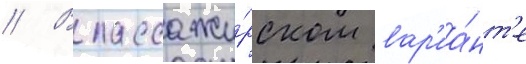
// В пассажи́рском вар'иа́нт'е